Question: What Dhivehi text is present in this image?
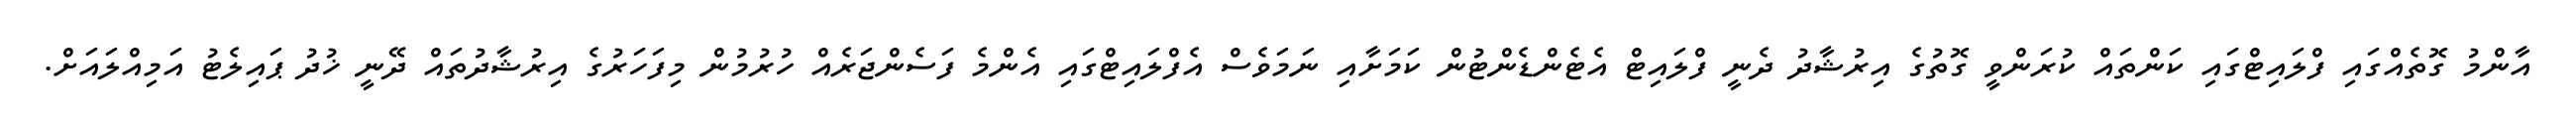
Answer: އާންމު ގޮތެއްގައި ފްލައިޓްގައި ކަންތައް ކުރަންވީ ގޮތުގެ އިރުޝާދު ދެނީ ފްލައިޓް އެޓެންޑެންޓުން ކަމަށާއި ނަމަވެސް އެފްލައިޓްގައި އެންމެ ފަސެންޖަރެއް ހުރުމުން މިފަހަރުގެ އިރުޝާދުތައް ދޭނީ ޚުދު ޕައިލެޓު އަމިއްލައަށް.